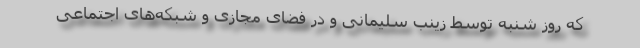
که روز شنبه توسط زینب سلیمانی و در فضای مجازی و شبکه‌های اجتماعی